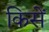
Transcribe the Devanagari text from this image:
किसें